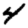
Digit: 4